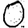
Digit: 0